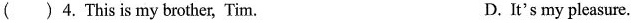
()4. This is my brother, Tim. D. It's my pleasure.